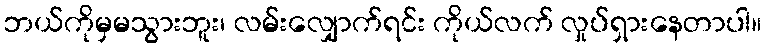
ဘယ်ကိုမှမသွားဘူး၊ လမ်းလျှောက်ရင်း ကိုယ်လက် လှုပ်ရှားနေတာပါ။